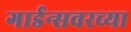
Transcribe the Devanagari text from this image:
गार्डन्सवरच्या